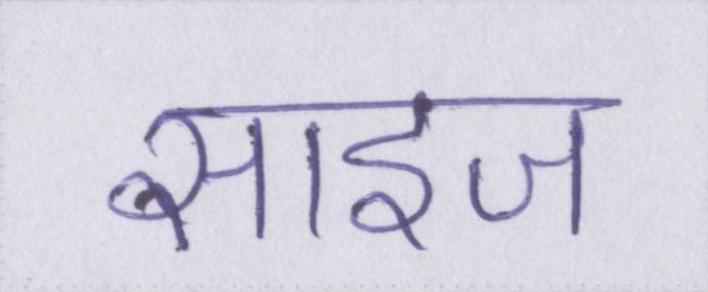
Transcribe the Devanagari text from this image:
साइज